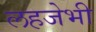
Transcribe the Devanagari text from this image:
लहजेभी